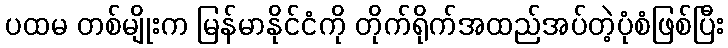
ပထမ တစ်မျိုးက မြန်မာနိုင်ငံကို တိုက်ရိုက်အထည်အပ်တဲ့ပုံစံဖြစ်ပြီး